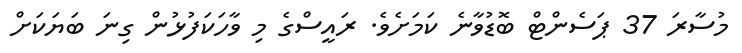
މުސާރަ 37 ޕަސެންޓް ބޮޑުވާނެ ކަމަށެވެ. ރައީސްގެ މި ވާހަކަފުޅުން ގިނަ ބަޔަކަށް